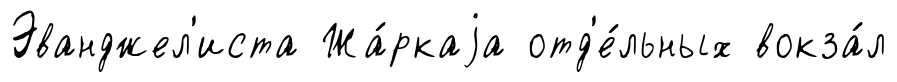
Эванджел'иста Жа́ркаjа отд'е́льных вокза́л